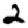
Digit: 2